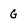
Character: G